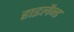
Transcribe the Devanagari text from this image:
हाइलैन्ड